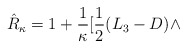
\begin{align*}\hat{R}_{\kappa}=1+\frac{1}{\kappa}[\frac{1}{2}(L_{3}-D)\wedge\end{align*}